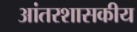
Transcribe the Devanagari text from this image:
आंतरशासकीय